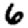
Digit: 6